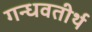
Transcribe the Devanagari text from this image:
गन्धवतीर्थ